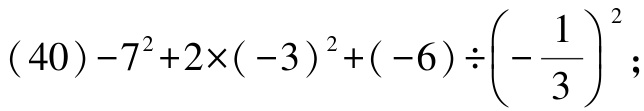
\((40)-7^{2}+2\times(-3)^{2}+(-6)\div\left(-\dfrac{1}{3}\right)^{2};\)